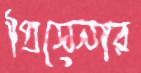
প্রিসেনার